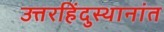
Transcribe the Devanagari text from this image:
उत्तरहिंदुस्थानांत